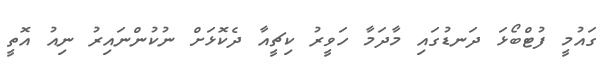
ގައުމީ ފުޓްބޯޅަ ދަނޑުގައި މާދަމާ ހަވީރު ކިޗީއާ ދެކޮޅަށް ނުކުންނައިރު ނިއު އޮތީ